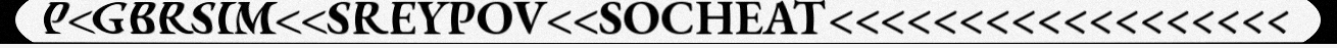
P<GBRSIM<<SREYPOV<<SOCHEAT<<<<<<<<<<<<<<<<<<